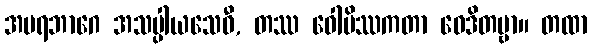
အပရဘာဂေ အသပ္ပါယသေဝီ, တဿ ဝေါမိဿကတာ ဝေဒိတဗ္ဗာ။ တထာ